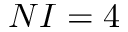
N I = 4